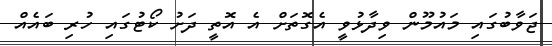
ޖަވާބުގައި މައުމޫން ވިދާޅުވީ އެގޮތަށް އެ އޮތީ ދަށު ކޯޓުގައި ހުރި ބައެއް